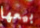
بيعها